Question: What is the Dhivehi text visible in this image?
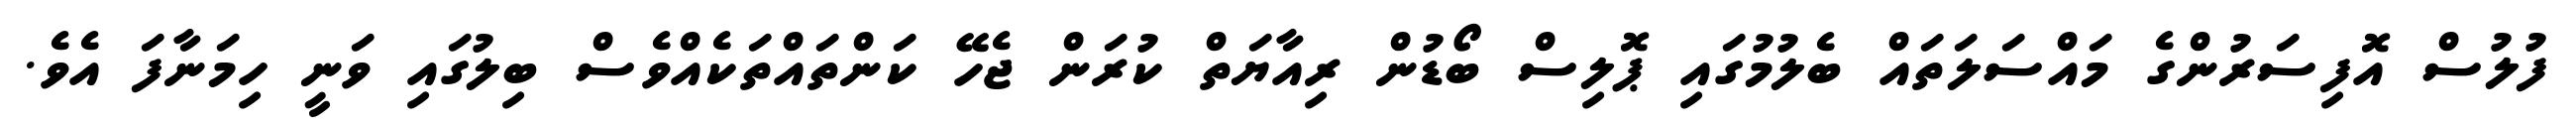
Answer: ފުލުސް އޮފިސަރުންގެ މައްސަލަތައް ބެލުމުގައި ޕޮލިސް ބޯޑުން ރިއާޔަތް ކުރަން ޖެހޭ ކަންތައްތަކެއްވެސް ބިލުގައި ވަނީ ހިމަނާފަ އެވެ.